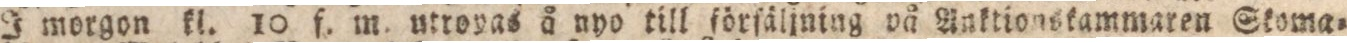
I morgon kl. 10 f. m. utroyas å nyo till förſäljning på Anktionskammaren Stoma=